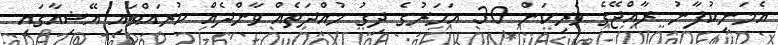
އެމަނިކުފާނު ރާއްޖޭގެ ވެރިކަން 30 އަހަރުގެ ދިގު މުއްދަތެއް ވާންދެއް ކުރައްވައި އޭޝިއާގައި